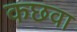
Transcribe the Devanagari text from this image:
कछवा